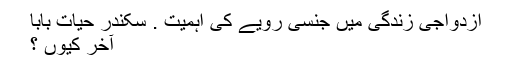
ازدواجی زندگی میں جنسی رویے کی اہمیت . سکندر حیات بابا
آخر کیوں ؟